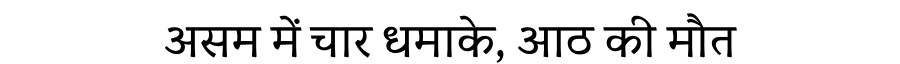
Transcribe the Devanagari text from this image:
असम में चार धमाके, आठ की मौत